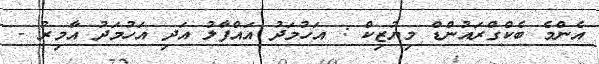
އެންމެ ބެކްގްރައުންޑް މިޔުޒިކް : އަހުމަދު އައްފާލު އަދި އަހުމަދު އާމިރު -